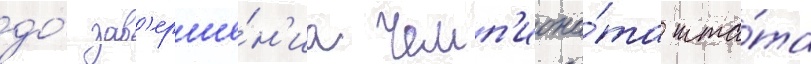
до́ зав'ерше́н'иа чемп'иона́та шта́та